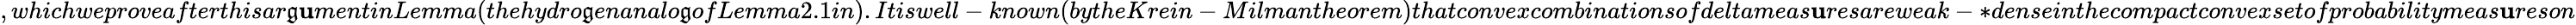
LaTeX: ,whichweproveafterthisar\mathfrak{g}\mathbf{u}mentinLemma(thehydro\mathfrak{g}enanalo\mathfrak{g}ofLemma2.1in).Itiswell-known(bytheKrein-Milmantheorem)thatconvexcombinationsofdeltameas\mathbf{u}resareweak-*denseinthecompactconvexsetofprobabilitymeas\mathbf{u}reson